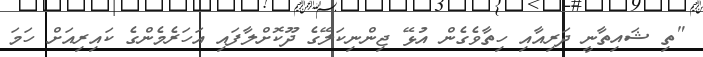
"ތި ޝައިތާނީ ދަރިއާއި ހިތާވެގެން އުޅޭ ޖިންނިކަލޭގެ ދޫކޮށްލާފައި އަހަރެމެންގެ ކައިރިއަށް ހަމަ